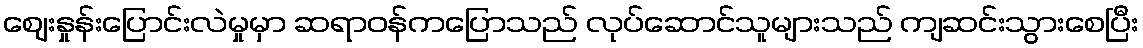
ဈေးနှုန်းပြောင်းလဲမှုမှာ ဆရာဝန်ကပြောသည် လုပ်ဆောင်သူများသည် ကျဆင်းသွားစေပြီး